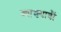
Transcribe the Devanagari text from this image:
व्याख्यावौं